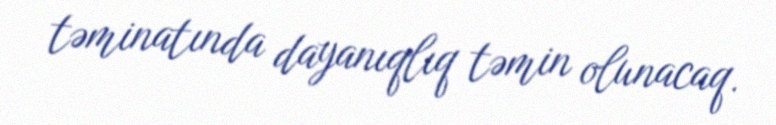
təminatında dayanıqlıq təmin olunacaq.